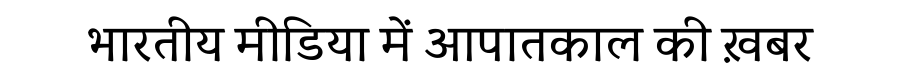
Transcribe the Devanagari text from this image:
भारतीय मीडिया में आपातकाल की ख़बर